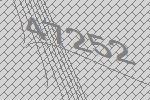
47252